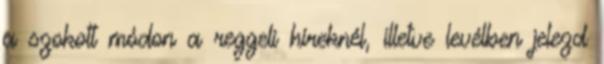
a szokott módon a reggeli híreknél, illetve levélben jelezd